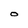
Character: O